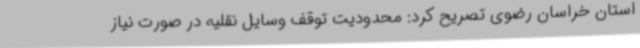
استان خراسان رضوی تصریح کرد: محدودیت توقف وسایل نقلیه در صورت نیاز